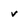
Character: v